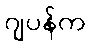
ဂျပန်က